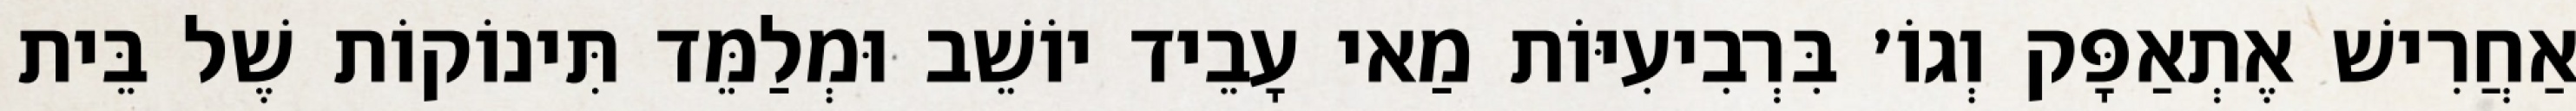
אַחֲרִישׁ אֶתְאַפָּק וְגוֹ׳ בִּרְבִיעִיּוֹת מַאי עָבֵיד יוֹשֵׁב וּמְלַמֵּד תִּינוֹקוֹת שֶׁל בֵּית